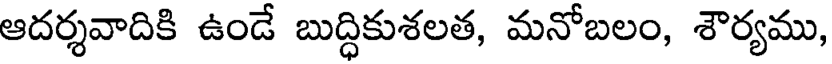
ఆదర్శవాదికి ఉండే బుద్ధికుశలత, మనోబలం, శౌర్యము,